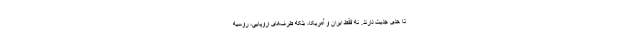
تا حدی جدیت دارند. نه فقط ایران و آمریکا، بلکه طرف‌های اروپایی، روسیه